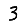
Digit: 3